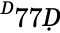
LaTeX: ^Ḋ77Ḍ